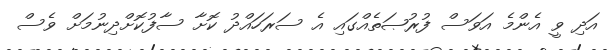
އަދި ވީ އެންމެ އަވަސް ފުރުޞަތެއްގައި އެ ސަރަހައްދު ކޮށާ ސާފުކޮށްދިނުމަށް ވެސް